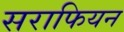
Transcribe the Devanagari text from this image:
सराफियन